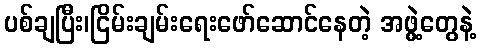
ပစ်ချပြီး၊ငြိမ်းချမ်းရေးဖော်ဆောင်နေတဲ့ အဖွဲ့တွေနဲ့